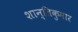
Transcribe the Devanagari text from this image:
शान्तिकुमार